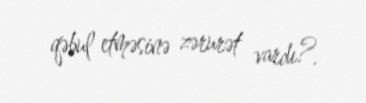
qəbul etməsinə zərurət vardı?.